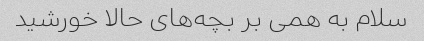
سلام به همی بر بچه‌های حالا خورشید